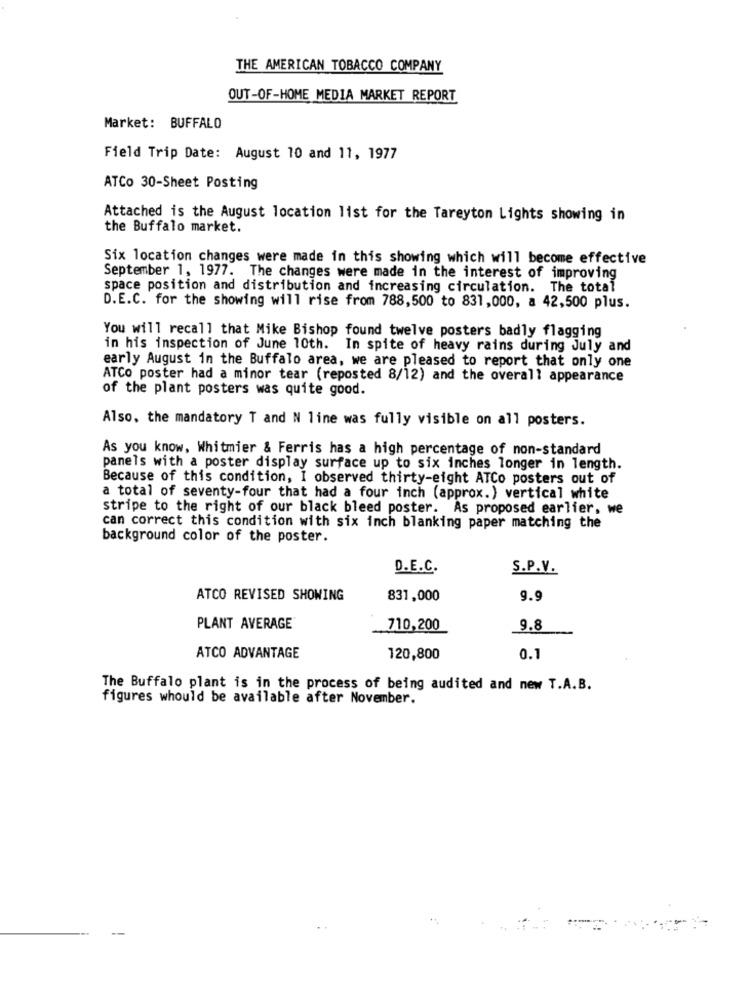
THE AMERICAN TOBACCO COMPANY
OUT-OF-HOME MEDIA MARKET REPORT
Market: BUFFALO
Field Trip Date: August 10 and 11, 1977
ATCo 30-Sheet Posting
Attached is the August location list for the Tareyton Lights showing in
the Buffalo market.
Six location changes were made in this showing which will become effective
September 1, 1977. The changes were made in the interest of improving
space position and distribution and increasing circulation. The total
D.E.C. for the showing will rise from 788,500 to 831,000, a 42,500 plus.
You will recall that Mike Bishop found twelve posters badly flagging
in his inspection of June 10th. In spite of heavy rains during July and
early August in the Buffalo area, we are pleased to report that only one
ATCo poster had a minor tear (reposted 8/12) and the overall appearance
of the plant posters was quite good.
Also, the mandatory T and N line was fully visible on all posters.
As you know, Whitmier & Ferris has a high percentage of non-standard
panels with a poster display surface up to six inches longer in length.
Because of this condition, I observed thirty-eight ATCo posters out of
a total of seventy-four that had a four inch (approx.) vertical white
stripe to the right of our black bleed poster. As proposed earlier, we
can correct this condition with six inch blanking paper matching the
background color of the poster.
D.E.C.
S.P.V.
ATCO REVISED SHOWING
831,000
9.9
PLANT AVERAGE
710,200
9.8
ATCO ADVANTAGE
120,800
0.1
The Buffalo plant is in the process of being audited and new T.A.B.
figures whould be available after November.